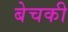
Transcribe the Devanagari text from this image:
बेचकी